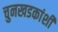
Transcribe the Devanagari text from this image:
चुनखडकांशी